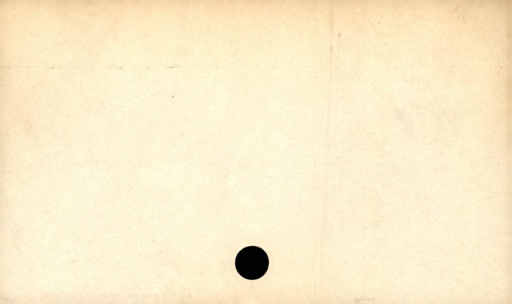
Label: divider